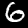
Digit: 6